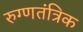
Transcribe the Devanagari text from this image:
रुग्णतंत्रिक